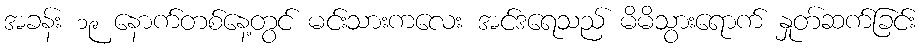
အခန်း ၁၉ နောက်တစ်နေ့တွင် မင်းသားကလေး အင်ဒရေသည် မိမိသွားရောက် နှုတ်ဆက်ခြင်း